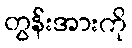
တွန်းအားကို